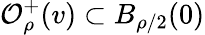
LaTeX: \mathcal{O}_{\rho}^{+}(v)\subset B_{\rho/2}(0)